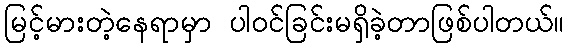
မြင့်မားတဲ့နေရာမှာ ပါဝင်ခြင်းမရှိခဲ့တာဖြစ်ပါတယ်။